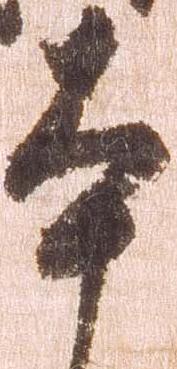
本